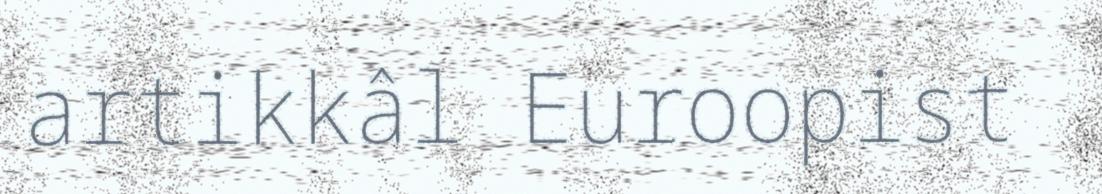
artikkâl Euroopist